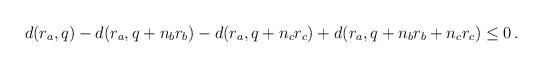
LaTeX: \begin{align*}d(r_a,q)-d(r_a,q+n_br_b)-d(r_a,q+n_cr_c)+d(r_a,q+n_br_b+n_cr_c)\leq0\,.\end{align*}